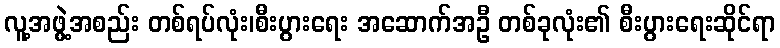
လူ့အဖွဲ့အစည်း တစ်ရပ်လုံး၊စီးပွားရေး အဆောက်အဦ တစ်ခုလုံး၏ စီးပွားရေးဆိုင်ရာ